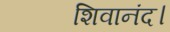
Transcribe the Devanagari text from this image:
शिवानंद।